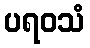
ပရဝသံ